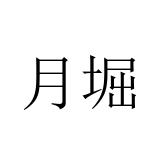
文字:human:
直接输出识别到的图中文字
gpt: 月堀